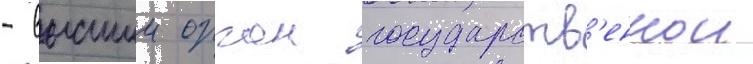
- высшии орган государств'еннои